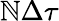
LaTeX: \mathbb{N}\Delta\tau